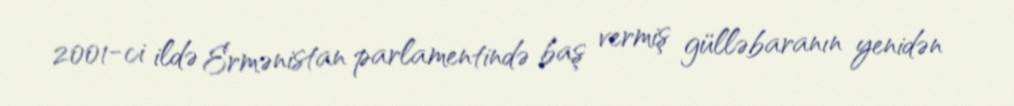
2001-ci ildə Ermənistan parlamentində baş vermiş gülləbaranın yenidən